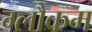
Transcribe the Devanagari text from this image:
ग्लौकम